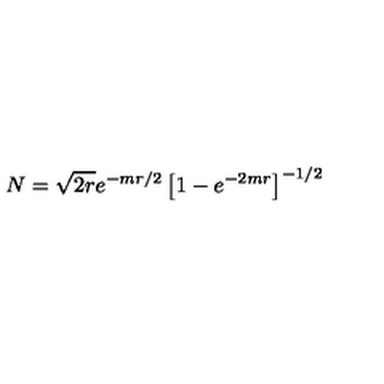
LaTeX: N = \sqrt { 2 r } e ^ { - m r / 2 } \left[ 1 - e ^ { - 2 m r } \right] ^ { - 1 / 2 }